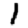
Digit: 1